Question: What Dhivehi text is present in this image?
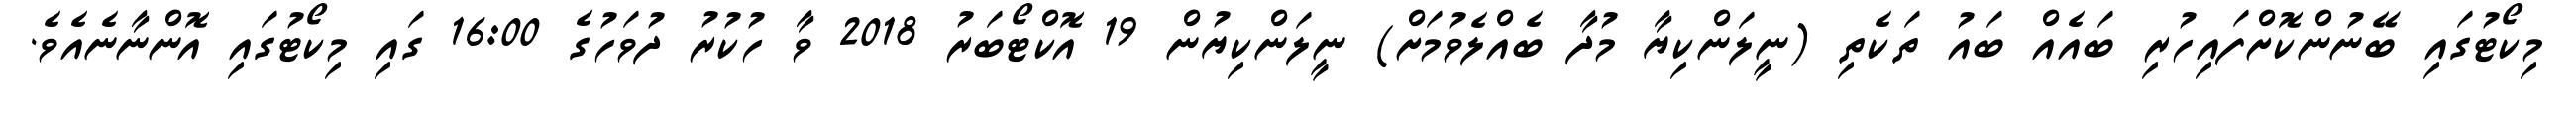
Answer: މިކޯޓުގައި ބޭނުންކޮށްފައިހުރި ބައެއް ބައު ތަކެތި (ނީލަންކިޔާ މުދާ ބެއްލެވުމަށް) ނީލަންކިޔުން 19 އޮކްޓޯބަރު 2018 ވާ ހުކުރު ދުވަހުގެ 16:00 ގައި މިކޯޓުގައި އޮންނާނެއެވެ.